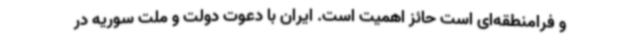
و فرامنطقه‌ای است حائز اهمیت است. ایران با دعوت دولت و ملت سوریه در